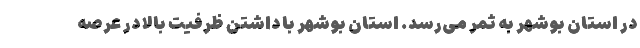
در استان بوشهر به ثمر می‌رسد. استان بوشهر با داشتن ظرفیت بالا در عرصه